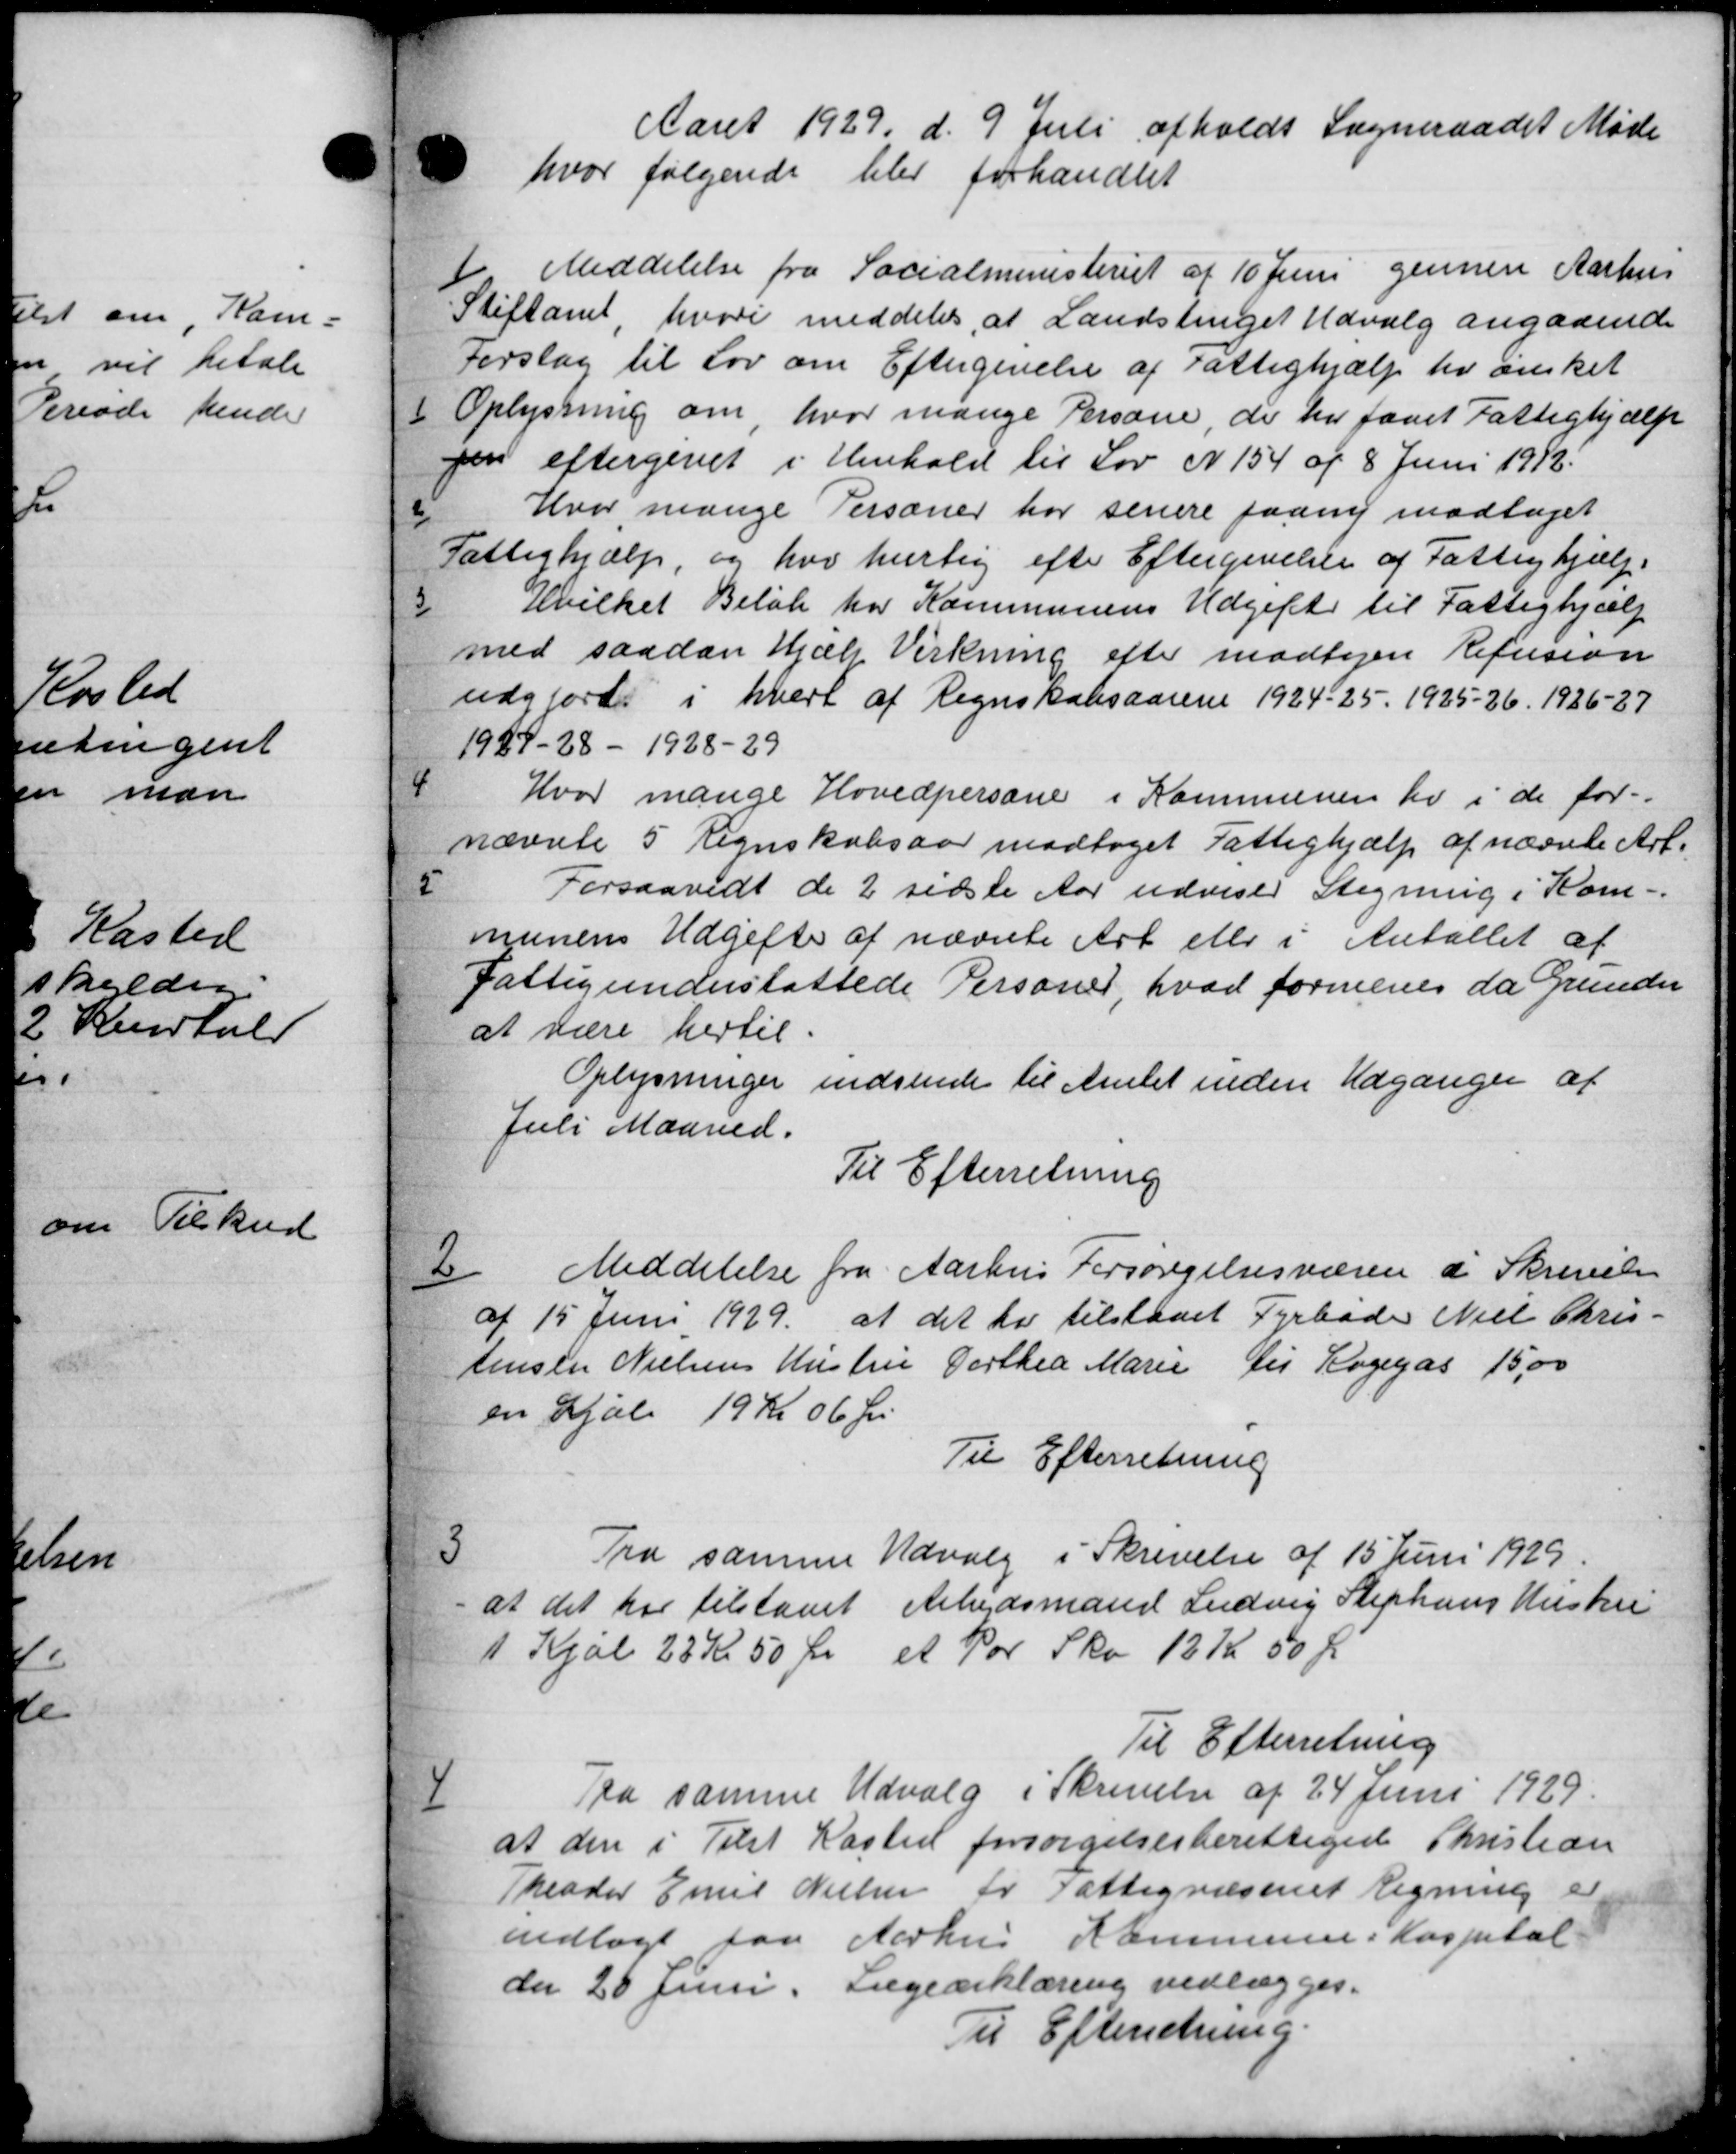
Transskription:
Aaret 1929 d. 9 Juli afholdt Sogneraadet Møde
hvor følgende blev forhandlet
Meddelelse fra Socialministeriet af 10 Juni gennem Aarhus
Stiftamt, hvori meddeles, at Landstinget Udvalg angaaende
Forslag til Lov om Eftergivelse af Fattighjælp fr ønsket
1 Oplysning om, hvor mange Persone, de har faaet Fattighjælp
gen eftergivet i Henhold til Lov N 154 af 8 Juni 1912.
2 Hvor mange Personer har senere paany modtaget
Fattighjælp, og har hurtig efter Eftergivelse af Fattighjælp.
3 Hvilket Beløb har Kommunens Udgift til Fattighjælp
med saadan Hjælp Virkning efter modtagen Refusion
udgjorts i hvert af Regnskabsaarene 1924-25. 1925-26. 1926-27
1927-28 - 1928-29
4 Hvor mange Hovedpersone i Kommunen her i de for-
nævnte 5 Regnskabsaar modtaget Fattighjælp af nævnte Arb.
5 Forsaavidt de 2 sidste Aar udviser Stegning i Kom-
munens Udgifter af nævnte Art eller i Antallet af
Fattigunderstøttede Personer, hvad formenes da Grunder
at være hertil.
Oplysninger indsende til Amtet inden Udganger af
Juli Maaned.
Til Efterretning
6 Meddelelse fra Aarhus Forsørgelsesvæsen i Skrivelse
6 Meddelelse fra Aarhus Forsørgelsesvæsen i Skrivelse
af 15 Juni 1929 at det har tilstaaet Fyrbade Niels Chris-
Jensen Nielsens Hustru Dorthea Marie til Rogegas 15,00
en Hjælp 19 Kr 06 Øre
Til Efterretning

Fra samme Udvalg i Skrivelse af 15 Juni 1929.
at det har tilstaaet Arbejdsmand Ludvig Stephans Hustru
1 Kjol 23 Kr 50 Øre et Par Sko 12 Kr 50 Ør
Til Efterretning

Fra samme Udvalg i Skrivelse af 24 Juni 1929.
at den i Tilst Kasted forsørgelsesberettiget Christian
Theoder Emil Nielsen for Fattigvæsenet Regning er
vedlagt paa Aarhus Kommune i Hospital
den 20 Juni. Lægeerklæring vedlægges.
Til Efterretning.